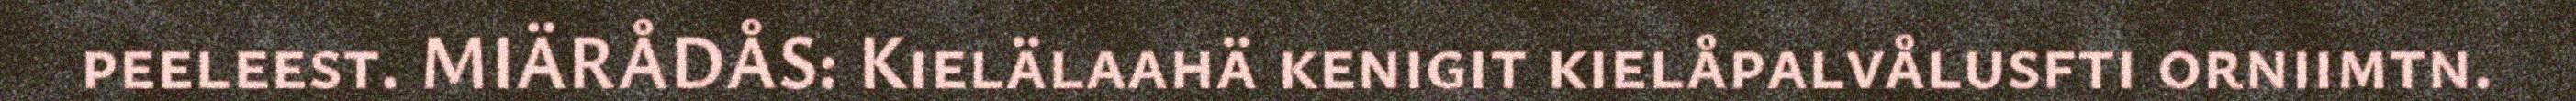
peeleest. MIÄRÅDÅS: Kielälaahä kenigit kielåpalvålusfti orniimtn.